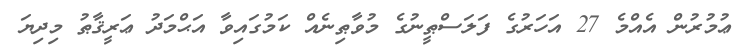
ޢުމުރުން އެއްމެ 27 އަހަރުގެ ފަލަސްޠީނުގެ މުވާޠިނެއް ކަމުގައިވާ އަޙްމަދު ޢަރީޤާޠު މިދިޔަ